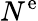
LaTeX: N^{\mathrm{e}}